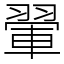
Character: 翬